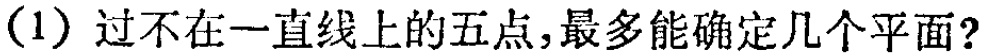
(1) 过不在一直线上的五点,最多能确定几个平面?